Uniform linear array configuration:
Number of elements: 12
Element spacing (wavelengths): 1
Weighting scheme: hamming
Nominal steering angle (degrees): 60
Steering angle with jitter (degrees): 58.224
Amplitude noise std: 0.05
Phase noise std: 0.05

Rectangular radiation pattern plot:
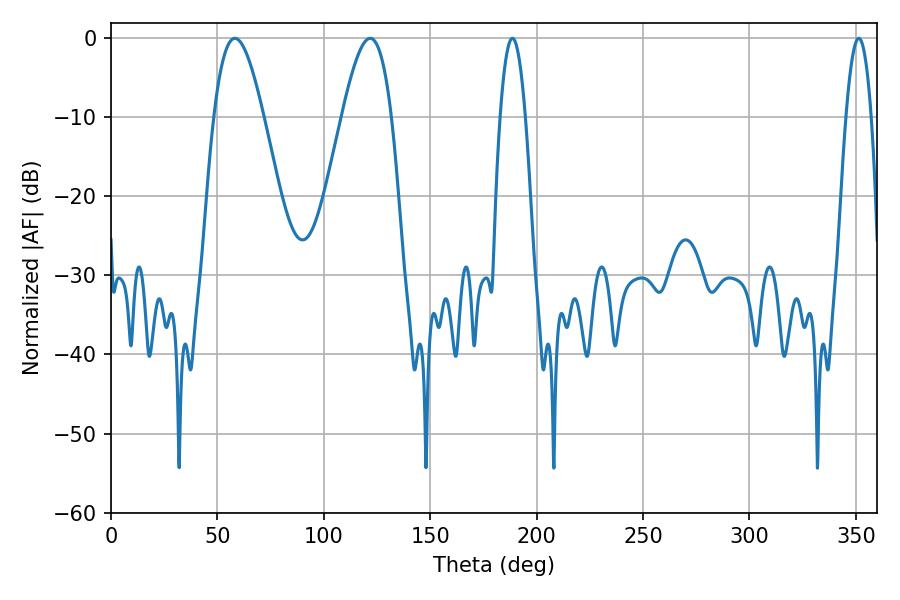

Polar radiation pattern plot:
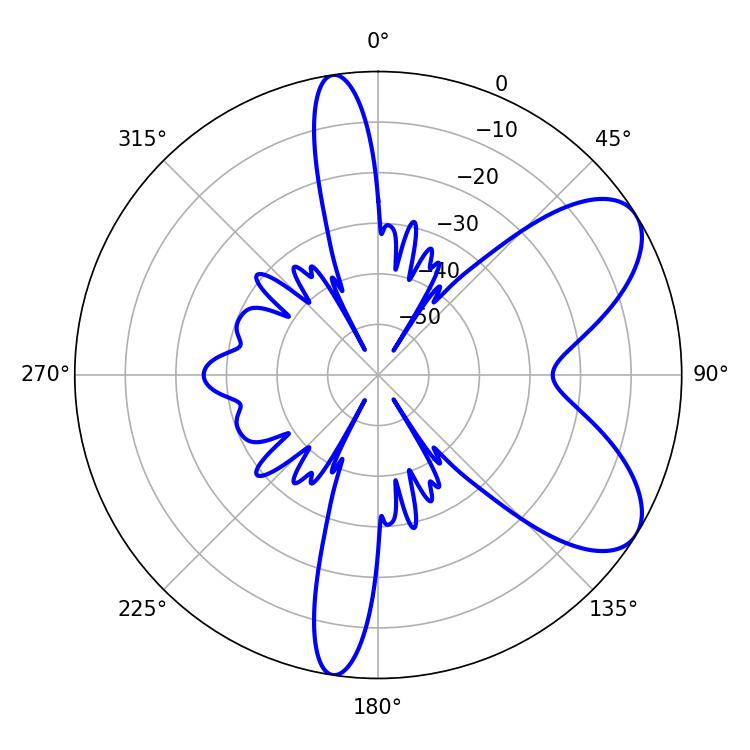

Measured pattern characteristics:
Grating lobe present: TRUE
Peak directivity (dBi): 7.287
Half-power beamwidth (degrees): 6.48
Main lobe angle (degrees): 188.64